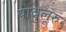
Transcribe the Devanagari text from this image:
पावुलूरु